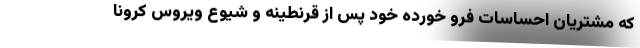
که مشتریان احساسات فرو خورده خود پس از قرنطینه و شیوع ویروس کرونا